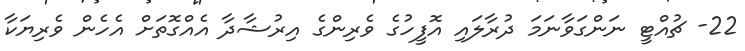
22- ޗުއްޓީ ނަންގަވާނަމަ ދުރާލައި އޮފީހުގެ ވެރިންގެ އިރުޝާދާ އެއްގޮތަށް އެހެން ވެރިޔަކާ